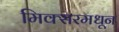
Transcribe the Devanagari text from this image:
मिक्सरमधून